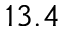
1 3 . 4